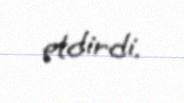
etdirdi.